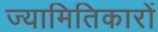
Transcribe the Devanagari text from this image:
ज्यामितिकारों